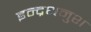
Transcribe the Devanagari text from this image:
इन्द्रधनुश